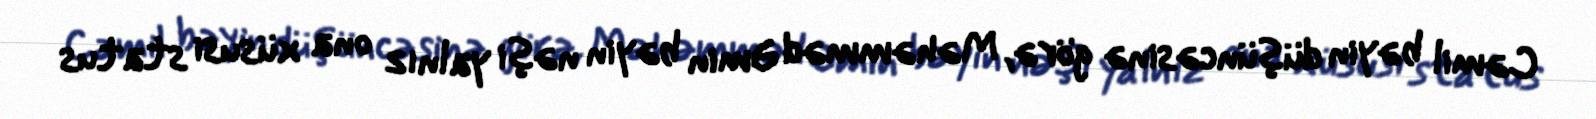
Cəmil bəyin düşüncəsinə görə, Məhəmməd Əmin bəyin nəşi yalnız ona xüsusi status